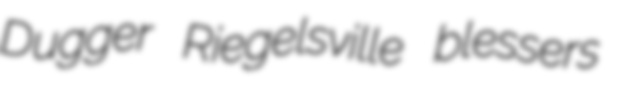
Dugger Riegelsville blessers